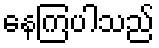
နေကြပါသည်